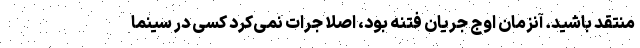
منتقد باشید. آنزمان اوج جریان فتنه بود، اصلا جرات نمی‌کرد کسی در سینما